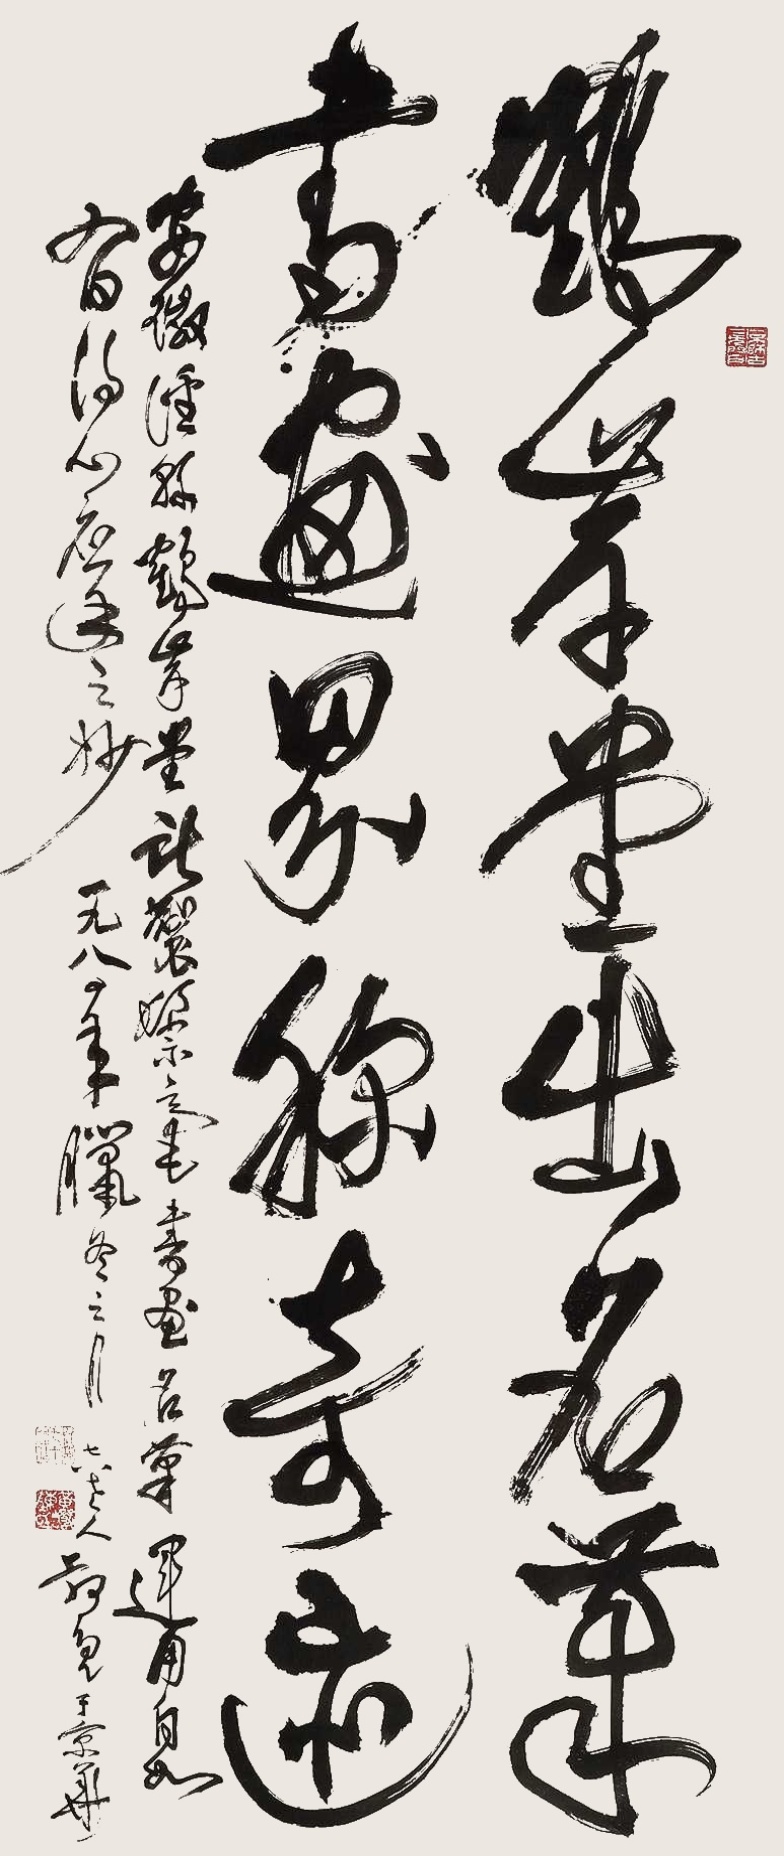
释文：鹤岸堂出名笔，书画界称奇迹。安徽泾县鹤岸堂新制鬃毫书画名笔，运用自如，有得心应手之妙。一九八一年腊冬之月，七八老人叔亮于京华。